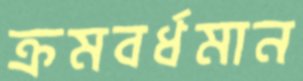
ক্রমবর্ধমান